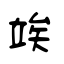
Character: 竢